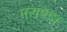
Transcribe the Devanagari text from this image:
मराण्डा